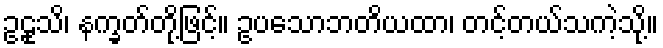
ဥဠုသိ၊ နက္ခတ်တို့ဖြင့်။ ဥပသောဘတိယထာ၊ တင့်တယ်သကဲ့သို့။